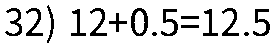
32) 12+0.5=12.5